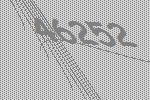
46252